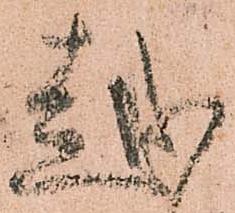
越